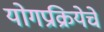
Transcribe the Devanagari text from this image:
योगप्रक्रियेचे